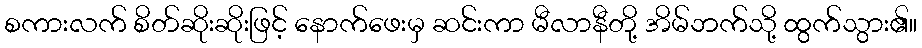
စကားလက် စိတ်ဆိုးဆိုးဖြင့် နောက်ဖေးမှ ဆင်းကာ မီလာနီတို့ အိမ်ဘက်သို့ ထွက်သွား၏။